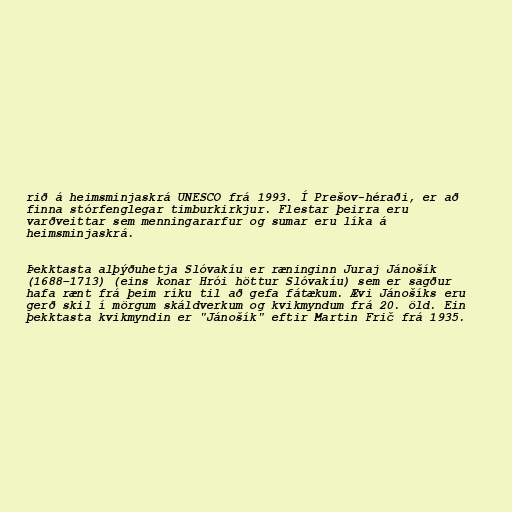
rið á heimsminjaskrá UNESCO frá 1993. Í Prešov-héraði, er að
finna stórfenglegar timburkirkjur. Flestar þeirra eru
varðveittar sem menningararfur og sumar eru líka á
heimsminjaskrá.

Þekktasta alþýðuhetja Slóvakíu er ræninginn Juraj Jánošík
(1688–1713) (eins konar Hrói höttur Slóvakíu) sem er sagður
hafa rænt frá þeim ríku til að gefa fátækum. Ævi Jánošíks eru
gerð skil í mörgum skáldverkum og kvikmyndum frá 20. öld. Ein
þekktasta kvikmyndin er "Jánošík" eftir Martin Frič frá 1935.